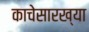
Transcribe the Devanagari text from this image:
काचेसारख्या